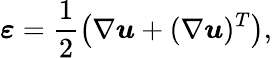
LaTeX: \boldsymbol{\varepsilon}=\frac{1}{2}\left(\nabla\boldsymbol{u}+(\nabla\boldsymbol{u})^{T}\right),